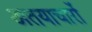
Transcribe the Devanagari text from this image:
अतयाचारों